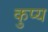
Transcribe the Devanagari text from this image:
कुप्य